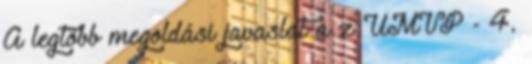
A legtöbb megoldási javaslat a z ÚMVP - 4.